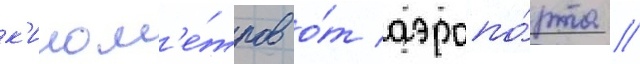
к'илом'е́тров о́т аэропо́рта //